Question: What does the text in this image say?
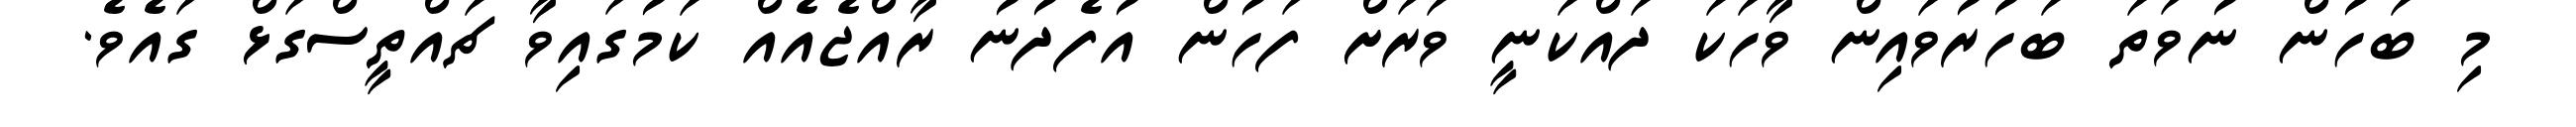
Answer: މި ބަހުން ނުވަތަ ބަހުރުވައިން ވާހަކަ ދައްކަނީ ވަރަށް ފަހުން އުފެދުނު ރާއްޖެއެއް ކަމުގައިވާ ޗައްތީސްގަޅް ގައެވެ.